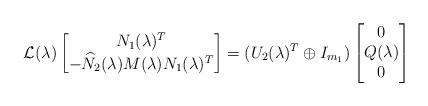
LaTeX: \begin{align*}\mathcal{L}(\lambda)\begin{bmatrix}N_1(\lambda)^T \\-\widehat{N}_2(\lambda)M(\lambda)N_1(\lambda)^T\end{bmatrix}=(U_2(\lambda)^T\oplus I_{m_1})\begin{bmatrix}0 \\ Q(\lambda) \\ 0\end{bmatrix}\end{align*}